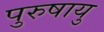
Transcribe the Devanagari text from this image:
पुरुषायु